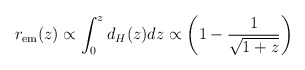
\begin{align*}r_{\rm em}(z) \propto \int_0^z d_H(z) dz \propto \left( 1 - \frac{1}{\sqrt{1+z}}\right)\end{align*}